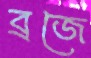
ব্রজে